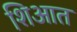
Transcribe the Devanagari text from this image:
शिआत